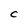
Character: C